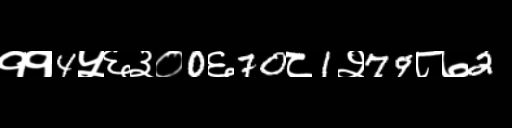
Text: ११4५६३०0६70८1२79८७2